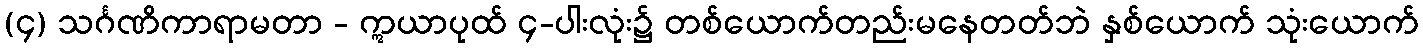
(၄) သင်္ဂဏိကာရာမတာ - ဣယာပုထ် ၄-ပါးလုံး၌ တစ်ယောက်တည်းမနေတတ်ဘဲ နှစ်ယောက် သုံးယောက်